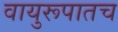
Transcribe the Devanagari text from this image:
वायुरूपातच